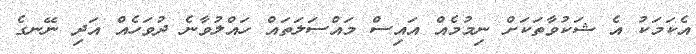
އެކަމަކު އެ ޝަކުވާތަކަށް ނިމުމެއް އައިސް މައްސަލަތައް ހައްލުވާނެ ދުވަހެއް އަދި ނޭނގެ